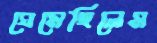
ঘেমেছিলেম